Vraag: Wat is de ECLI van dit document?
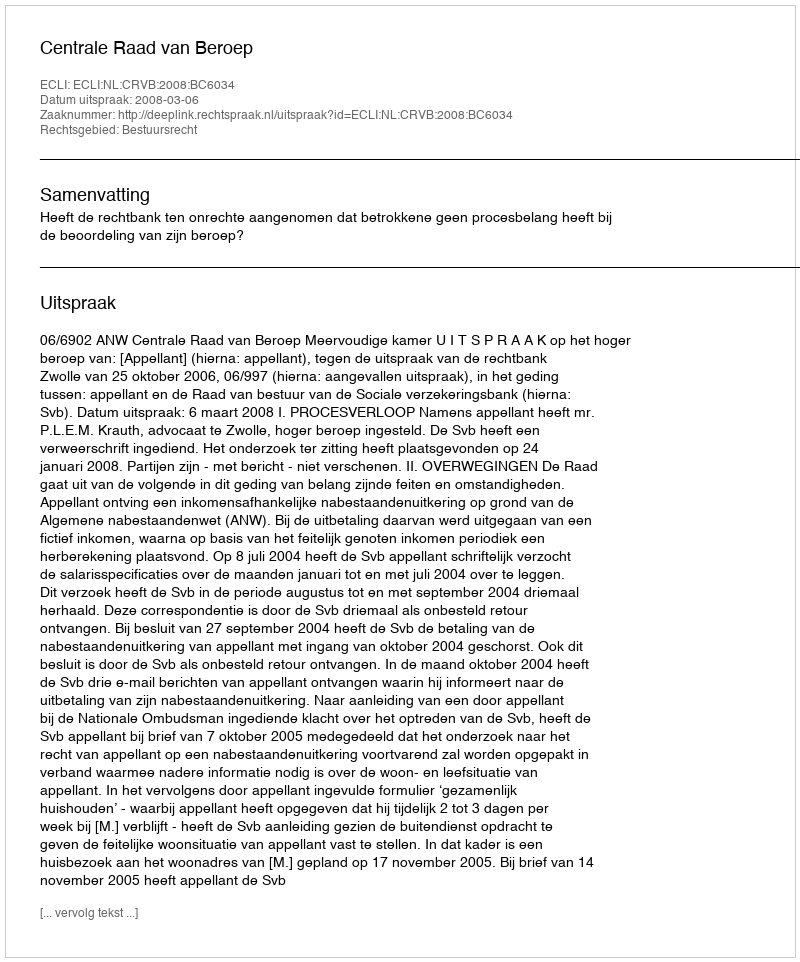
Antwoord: ECLI:NL:CRVB:2008:BC6034